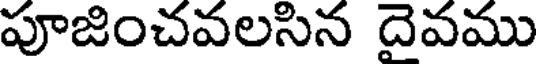
పూజించవలసిన దైవము